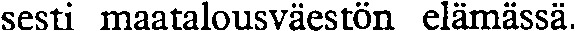
sesti maatalousväestön elämässä.